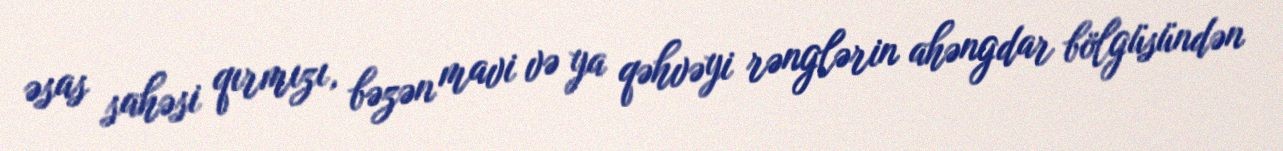
əsas sahəsi qırmızı, bəzən mavi və ya qəhvəyi rənglərin ahəngdar bölgüsündən